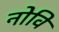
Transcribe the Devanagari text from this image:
नोवि